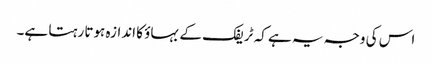
اس کی وجہ یہ ہے کہ ٹریفک کے بہاؤ کا اندازہ ہوتا رہتا ہے۔